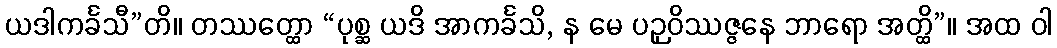
ယဒါကင်္ခသီ”တိ။ တဿတ္ထော “ပုစ္ဆ ယဒိ အာကင်္ခသိ, န မေ ပဉှဝိဿဇ္ဇနေ ဘာရော အတ္ထိ”။ အထ ဝါ